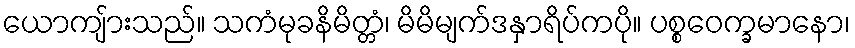
ယောကျ်ားသည်။ သကံမုခနိမိတ္တံ၊ မိမိမျက်ဒနှာရိပ်ကပို။ ပစ္စဝေက္ခမာနော၊